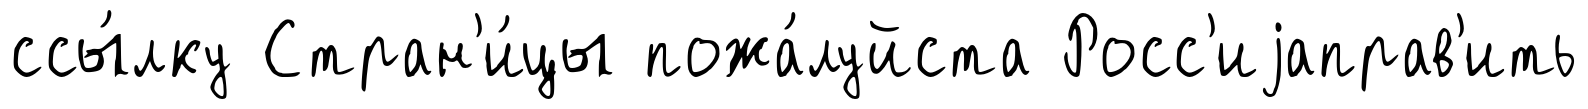
ссы́лку Стран'и́цы пожа́луйста Росс'иjаправ'ить